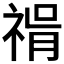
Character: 𥚝